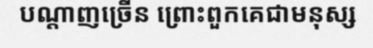
បណ្តាញច្រើន ព្រោះពួកគេជាមនុស្ស